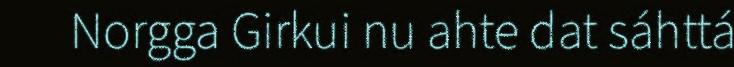
Norgga Girkui nu ahte dat sáhttá